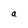
Character: a